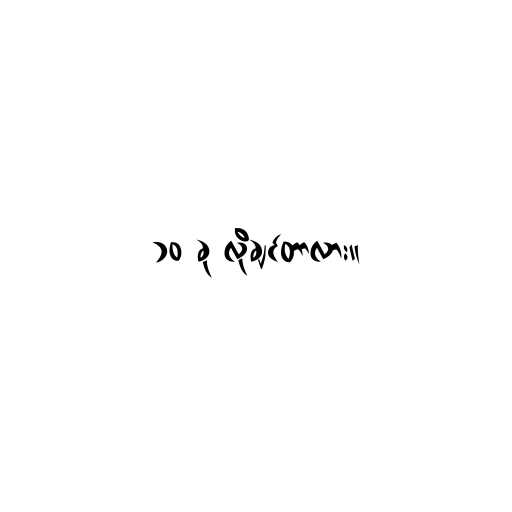
၁၀ ခု လိုချင်တာလား။